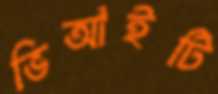
ভিআইটি